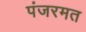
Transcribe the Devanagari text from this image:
पंजरमत